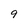
Character: 9